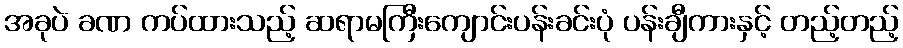
အခုပဲ ခဏ ကပ်ထားသည့် ဆရာမကြီးကျောင်းပန်းခင်းပုံ ပန်းချီကားနှင့် တည့်တည့်